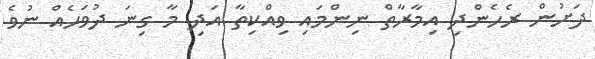
ދަށުން ރެހެންދި އިމާރާތް ނިންމައި ވިއްކިތާ އަދި މާ ގިނަ ދުވަހެއް ނުވެ